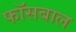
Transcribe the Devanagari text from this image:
फॉसबाल